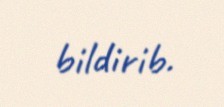
bildirib.